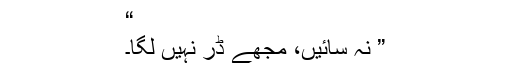
“
” نہ سائیں، مجھے ڈر نہیں لگا۔